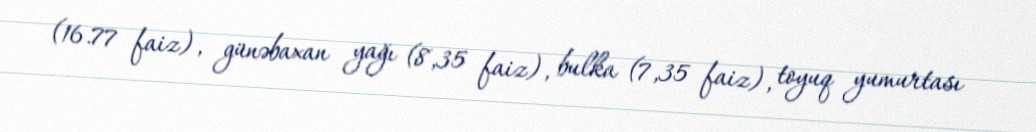
(16.77 faiz), günəbaxan yağı (8,35 faiz), bulka (7,35 faiz), toyuq yumurtası